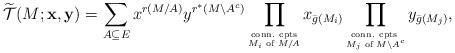
LaTeX: \begin{align*}\widetilde{\mathcal T}(M;\mathbf x,\mathbf y)=\sum_{A\subseteq E}x^{r(M/A)}y^{r^*(M\backslash A^c)}\prod_{\stackrel{\mbox{\rm \tiny conn. cpts}}{\mbox{\rm \tiny $M_i$ of $M/A$}}}x_{\bar{g}(M_i)}\prod_{\stackrel{\mbox{\rm \tiny conn. cpts }}{\mbox{\rm \tiny $M_j$ of $M\backslash A^c$}}}y_{\bar{g}(M_j)},\end{align*}